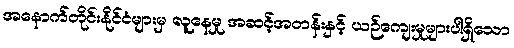
အနောက်တိုင်းနိုင်ငံများမှ လူနေမှု အဆင့်အတန်းနှင့် ယဉ်ကျေးမှုများပါရှိသော